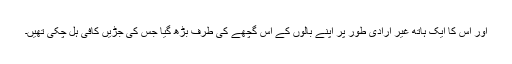
اور اس کا ایک ہاتھ غیر ارادی طور پر اپنے بالوں کے اُس گچھے کی طرف بڑھ گیا جس کی جڑیں کافی ہل چکی تھیں۔